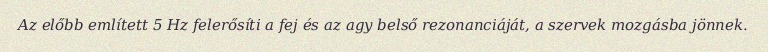
Az előbb említett 5 Hz felerősíti a fej és az agy belső rezonanciáját, a szervek mozgásba jönnek.